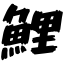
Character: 鯉